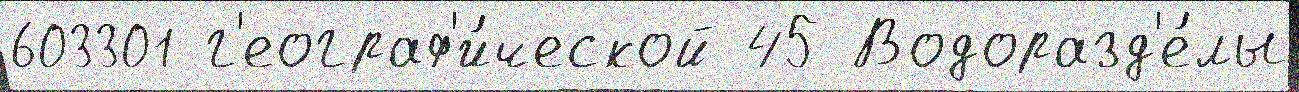
603301 г'еограф'и́ческой 45 Водоразд'е́лы